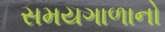
સમયગાળાનો